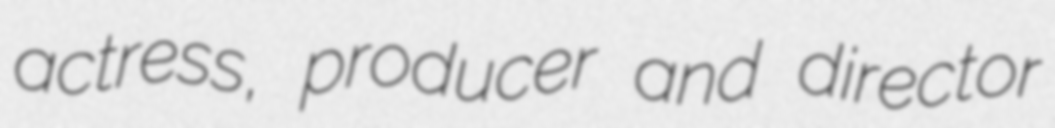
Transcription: actress, producer and director